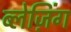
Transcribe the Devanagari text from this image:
ब्लेज़िंग